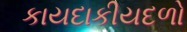
કાયદાકીયદળો